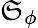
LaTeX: \mathfrak{S}_{\phi}